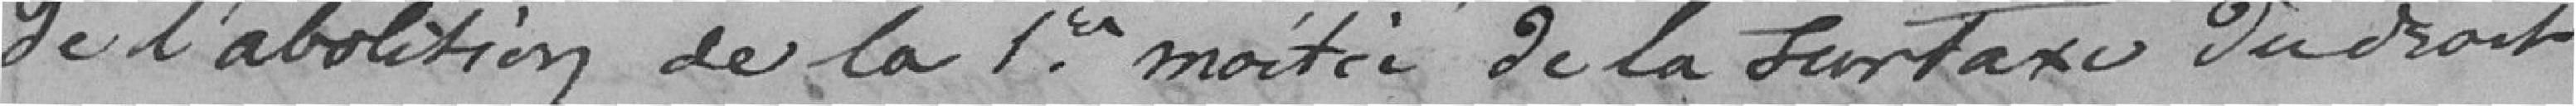
de l'abolition de la première moitié de la surtaxe du droit